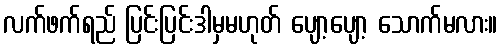
လက်ဖက်ရည် ပြင်းပြင်းဒါမှမဟုတ် ပျော့ပျော့ သောက်မလား။